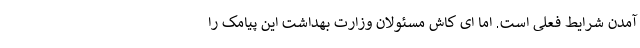
آمدن شرایط فعلی است. اما ای کاش مسئولان وزارت بهداشت این پیامک را